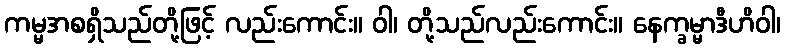
ကမ္မအစရှိသည်တို့ဖြင့် လည်းကောင်း။ ဝါ၊ တို့သည်လည်းကောင်း။ နေက္ခမ္မာဒီဟိဝါ၊